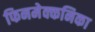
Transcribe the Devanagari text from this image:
फिनमेक्कनिका